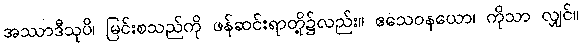
အဿာဒီသုပိ၊ မြင်းစသည်ကို ဖန်ဆင်းရာတို့၌လည်း။ ဧသေဝနယော၊ ကိုသာ လျှင်။